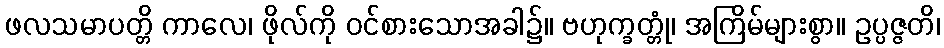
ဖလသမာပတ္တိ ကာလေ၊ ဖိုလ်ကို ဝင်စားသောအခါ၌။ ဗဟုက္ခတ္တုံ၊ အကြိမ်များစွာ။ ဥပ္ပဇ္ဇတိ၊